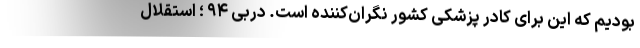
بودیم که این برای کادر پزشکی کشور نگران‌کننده است. دربی ۹۴ ؛ استقلال